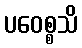
ပဝေစ္စသိ